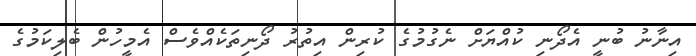
އިނާނު ބުނީ އެދޯނި ކުއްޔަށް ނެގުމުގެ ކުރިން އިތުރު ދޯނިތަކެއްވެސް އެމީހުން ބެލިކަމުގެ